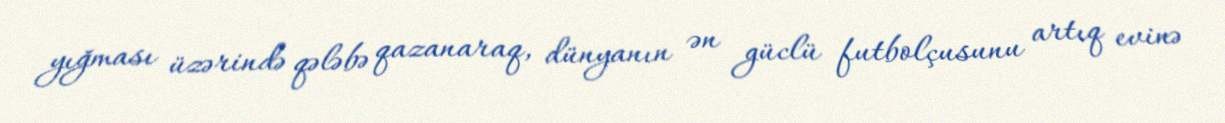
yığması üzərində qələbə qazanaraq, dünyanın ən güclü futbolçusunu artıq evinə